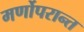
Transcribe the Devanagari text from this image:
मर्णोपरान्त